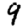
Digit: 9